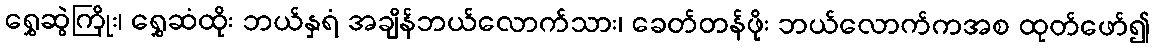
ရွှေဆွဲကြိုး၊ ရွှေဆံထိုး ဘယ်နှရံ အချိန်ဘယ်လောက်သား၊ ခေတ်တန်ဖိုး ဘယ်လောက်ကအစ ထုတ်ဖော်၍